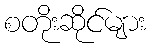
စတိုးဆိုင်များ